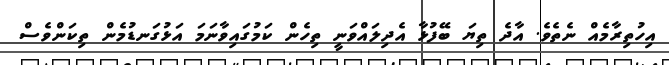
އިހުތިރާމެއް ނެތެވެ. އާދެ ތިޔަ ބޭފުޅާ އެދިލައްވަނީ ތިހެން ކަމުގައިވާނަމަ އަޅުގަނޑުމެން ތިކަންވެސް